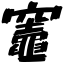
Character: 竈